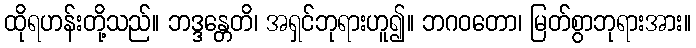
ထိုရဟန်းတို့သည်။ ဘဒ္ဒန္တေတိ၊ အရှင်ဘုရားဟူ၍။ ဘဂဝတော၊ မြတ်စွာဘုရားအား။